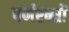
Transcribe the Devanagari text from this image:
पर्णरन्ध्रों